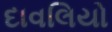
દાવલિયો